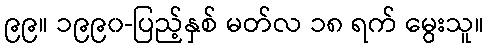
၉၉။ ၁၉၉၀-ပြည့်နှစ် မတ်လ ၁၈ ရက် မွေးသူ။